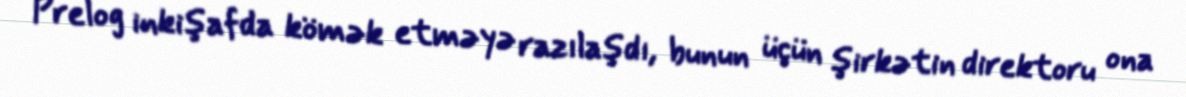
Prelog inkişafda kömək etməyə razılaşdı, bunun üçün şirkətin direktoru ona